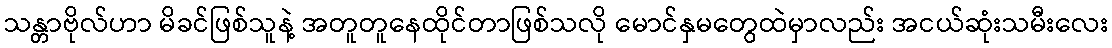
သန္တာဗိုလ်ဟာ မိခင်ဖြစ်သူနဲ့ အတူတူနေထိုင်တာဖြစ်သလို မောင်နှမတွေထဲမှာလည်း အငယ်ဆုံးသမီးလေး